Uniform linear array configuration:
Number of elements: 12
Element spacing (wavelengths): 0.25
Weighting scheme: cosine
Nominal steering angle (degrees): -15
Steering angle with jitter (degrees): -16.678
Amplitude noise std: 0.05
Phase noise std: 0.05

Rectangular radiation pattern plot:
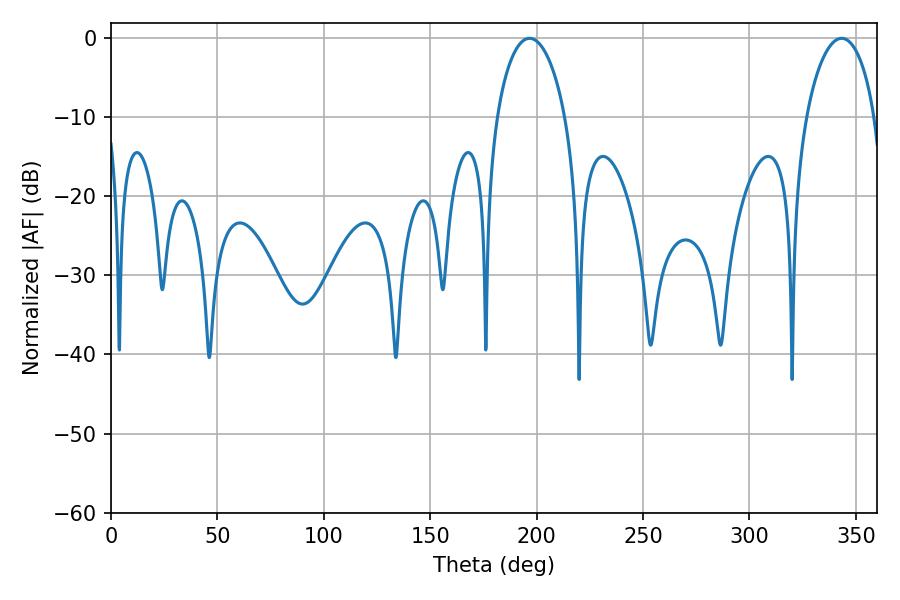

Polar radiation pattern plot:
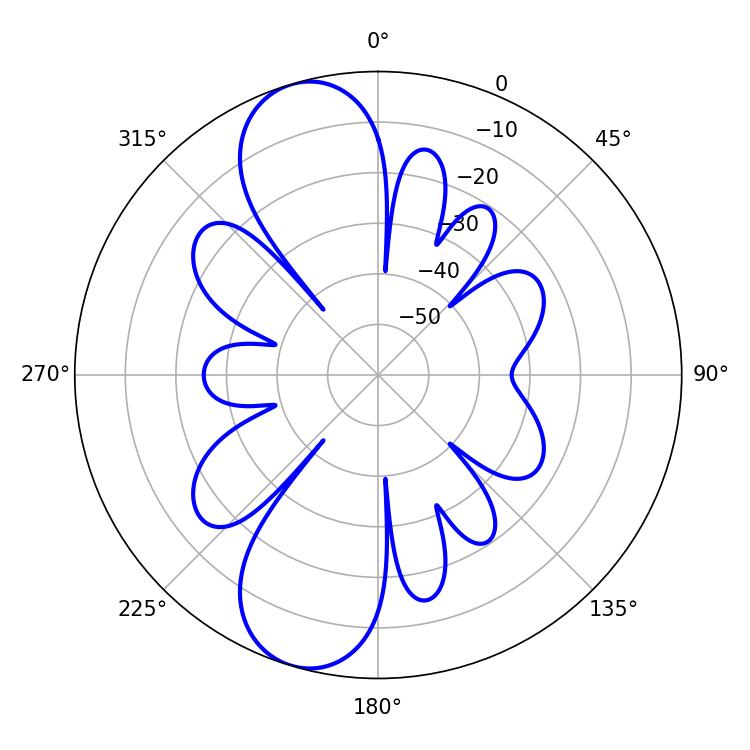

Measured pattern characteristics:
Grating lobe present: FALSE
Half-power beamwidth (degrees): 18.36
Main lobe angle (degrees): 196.74